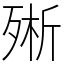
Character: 㱤